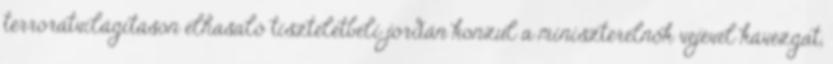
terrorátvilágításon elhasaló tiszteletbeli jordán konzul a miniszterelnök vejével kávézgat,